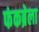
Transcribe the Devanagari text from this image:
फंकब्रेला